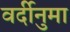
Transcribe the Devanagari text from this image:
वर्दीनुमा